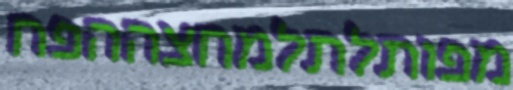
מפותלתלמחצההפח